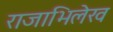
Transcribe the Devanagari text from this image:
राजाभिलेख